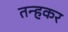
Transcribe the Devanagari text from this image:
तन्हकर